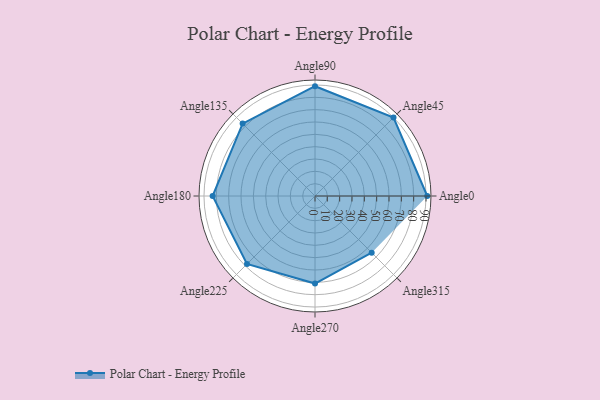
{"axis": {"x": "Angle", "y": "Radius"}, "legend": [""], "data": [{"x": "Angle0", "y": 91.0, "type": ""}, {"x": "Angle45", "y": 90.0, "type": ""}, {"x": "Angle90", "y": 89.0, "type": ""}, {"x": "Angle135", "y": 83.0, "type": ""}, {"x": "Angle180", "y": 83.0, "type": ""}, {"x": "Angle225", "y": 78.0, "type": ""}, {"x": "Angle270", "y": 71.0, "type": ""}, {"x": "Angle315", "y": 65.0, "type": ""}]}